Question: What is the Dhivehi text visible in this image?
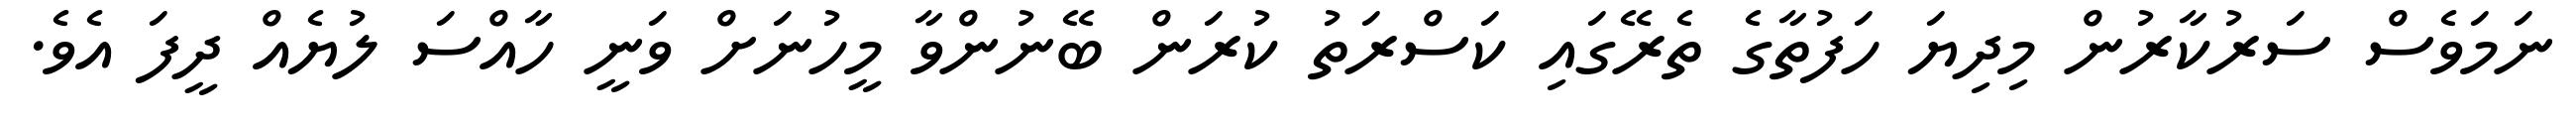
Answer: ނަމަވެސް ސަރުކާރުން މިދިޔަ ހަފުތާގެ ތެރޭގައި ކަސްރަތު ކުރަން ބޭނުންވާ މީހުނަށް ވަނީ ހާއްސަ ލުޔެއް ދީފަ އެވެ.